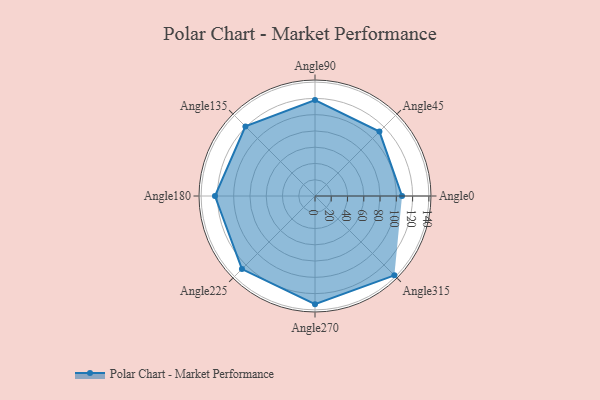
{"axis": {"x": "Angle", "y": "Radius"}, "legend": [""], "data": [{"x": "Angle0", "y": 107.0, "type": ""}, {"x": "Angle45", "y": 112.0, "type": ""}, {"x": "Angle90", "y": 118.0, "type": ""}, {"x": "Angle135", "y": 121.0, "type": ""}, {"x": "Angle180", "y": 123.0, "type": ""}, {"x": "Angle225", "y": 127.0, "type": ""}, {"x": "Angle270", "y": 133.0, "type": ""}, {"x": "Angle315", "y": 138.0, "type": ""}]}